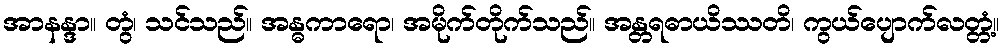
အာနန္ဒာ။ တွံ၊ သင်သည်။ အန္ဓကာရော၊ အမိုက်တိုက်သည်။ အန္တရဓာယိဿတိ၊ ကွယ်ပျောက်လတ္တံ့။